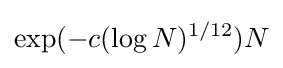
\exp(-c(\log N)^{1/12})N